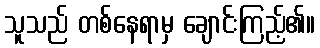
သူသည် တစ်နေရာမှ ချောင်းကြည့်၏။